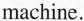
machine.